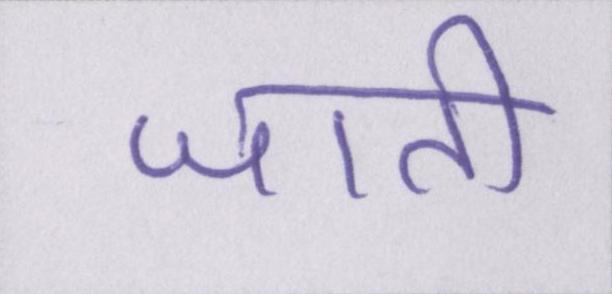
जाती